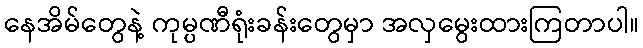
နေအိမ်တွေနဲ့ ကုမ္ပဏီရုံးခန်းတွေမှာ အလှမွေးထားကြတာပါ။